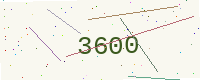
Text: 3600